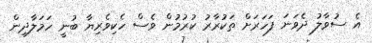
އެ ސުވާލު ދެވަނަ ފަހަރަށް ތަކުރާރު ކުރުމުން ވެސް ހެކިވެރިޔާ ބުނީ ހަމަލާދިން